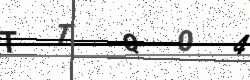
Text: TTQ04